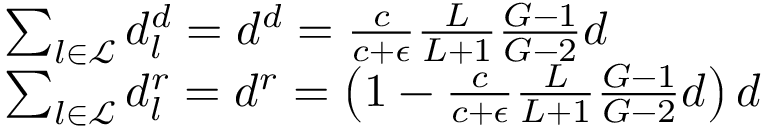
\begin{array} { r l } & { \sum _ { l \in \mathcal { L } } d _ { l } ^ { d } = d ^ { d } = \frac { c } { c + \epsilon } \frac { L } { L + 1 } \frac { G - 1 } { G - 2 } d } \\ & { \sum _ { l \in \mathcal { L } } d _ { l } ^ { r } = d ^ { r } = \left( 1 - \frac { c } { c + \epsilon } \frac { L } { L + 1 } \frac { G - 1 } { G - 2 } d \right) d } \end{array}